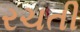
રચતી